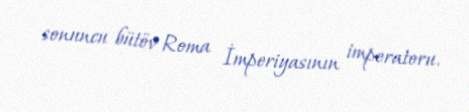
sonuncu bütöv Roma İmperiyasının imperatoru.